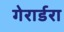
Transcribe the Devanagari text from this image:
गेरार्डरा